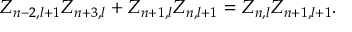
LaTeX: Z _ { n - 2 , l + 1 } Z _ { n + 3 , l } + Z _ { n + 1 , l } Z _ { n , l + 1 } = Z _ { n , l } Z _ { n + 1 , l + 1 } .